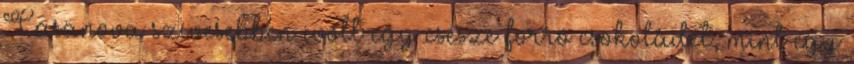
Casanova szívesebben ivott egy csésze forró csokoládét, mint egy